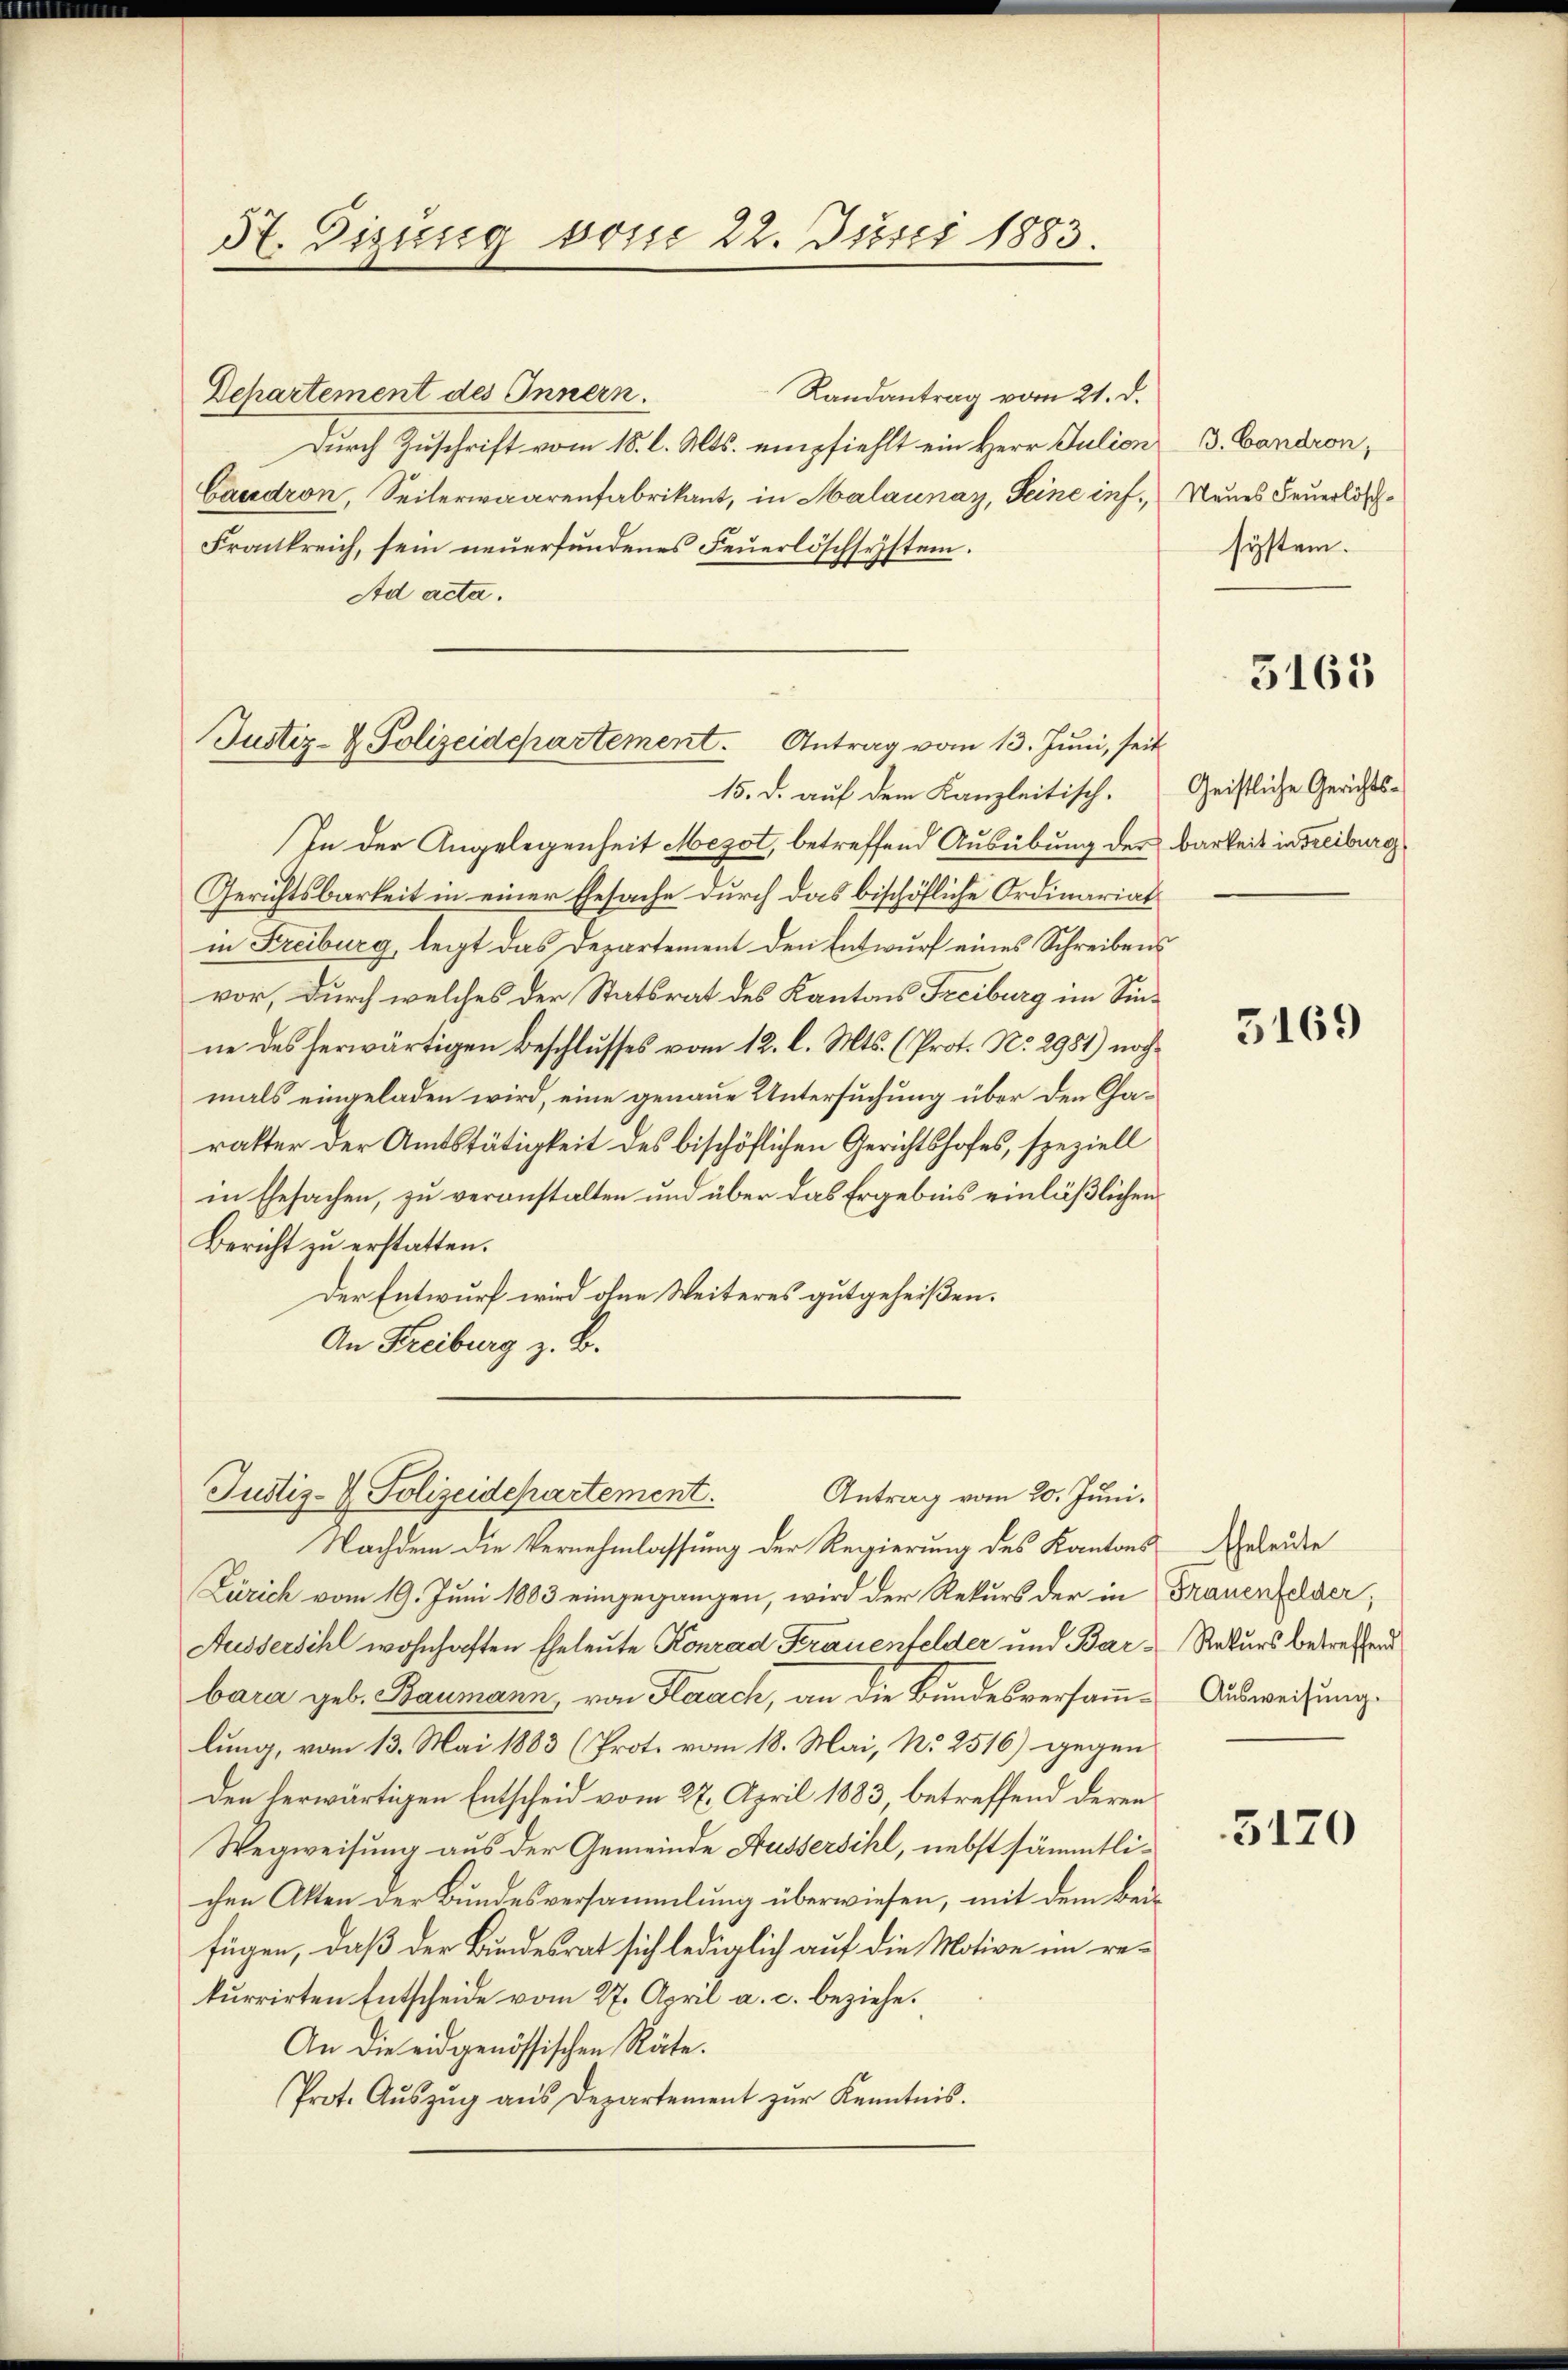
37. Sizung vom 22. Juni 1883.

Departement des Innern.
Randantrag vom 21. d.
Durch Zuschrift vom 18. d. Mts. empfiehlt ein Herr Julion
Caudron, Seiterwaarenfabrikant, in Malaunay, Seine inf, Neues Feuerlösch¬
Frankreich, sein neuerfundenes Feuerlöschsystem.
Ad acta.
15. d. auf dem Kanzleitisch.
In der Angelegenheit Mezot, betreffend Ausübung des Barkeit in Freiburg
Gerichtsbarkeit in einer Ehesache durch das bischöfliche Ordinariat
in Freiburg, legt das Departement den Entwurf eines Schreibens
vor, durch welches der Statsrat des Kantons Freiburg im Sinne des herwärtigen Beschlusses vom 12. l. Mts. (Prot. No. 2981) nochmals eingeladen wird, eine genaue Untersuchung über den Charatter der Amtstätigkeit des bischöflichen Gerichtshofes, speziell
in Ehesachen, zu veranstalten und über das Ergebnis einläßlichen
Bericht zu erstatten.
Der Entwurf wird ohne Weiteres gutgeheißen.
An Freiburg z. B.

Justiz- & Polizeidepartement. Antrag vom 13. Juni, seit

Justiz- & Polizeidepartement.
Antrag vom 20. Juni.

Nachdem die Vernehmlassung der Regierung des Kantons Geleide
Zürich vom 19. Juni 1883 eingegangen, wird der Rekurs der in Frauenfelder,
Aussersihl wohnhaften Eheleute Konrad Frauenfelder und Barbara geb. Baumann, von Flaach, an die Bundesversamm-Ausweisung.
lung, vom 13. Mai 1883 (Prot. vom 18. Mai, N. 2516) gegen
den herwärtigen Entscheid vom 27. April 1883 betreffend deren
Wegweisung aus der Gemeinde Aussersihl, nebst sämmtlichen Akten der Bundesversammlung überwiesen, mit dem Beifügen, daß der Bundesrat sich lediglich auf die Motive im rekurrirten Entscheide vom 27. April a. c. beziehe.
An die eidgenössischen Räte.
Prot. Aŭszŭg aŭs Departement zŭr Kenntnis.

B. Landron,
system.

3165

Geistliche Gerichts¬

3169

Rekurs betreffend

3170